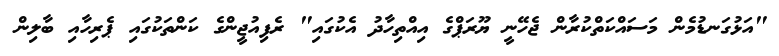
"އަޅުގަނޑުމެން މަސައްކަތްކުރާން ޖެހޭނީ ޔޫރަޕްގެ އިއްތިހާދު އެކުގައި" ރެފިއުޖީންގެ ކަންތަކުގައި ޕެރިހާއި ބާލިން